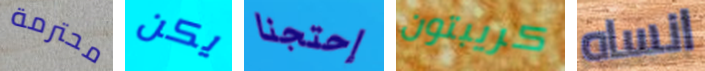
محترمة يكن إحتجنا كريبتون انساه